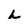
Character: h